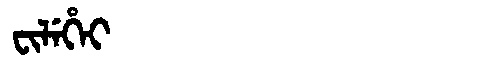
Manchu: ᠸᡳᠯᡝᡥᡝᡳ
Romanization: FILEHEI